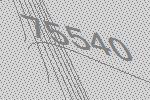
75540